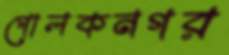
গোলকনগর